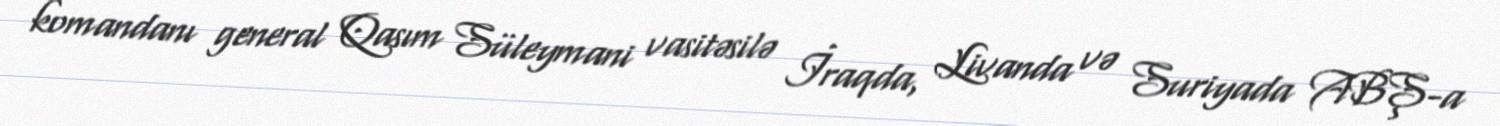
komandanı general Qasım Süleymani vasitəsilə İraqda, Livanda və Suriyada ABŞ-a